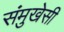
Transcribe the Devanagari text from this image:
संमुखेसी